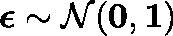
\mathbf { \boldsymbol { \epsilon } } \sim \mathcal { N } ( \mathbf { \boldsymbol { 0 } } , \mathbf { \boldsymbol { 1 } } )